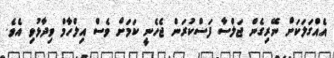
އެއްގަލަކަށް ނޭރިގެން ޖަލްސާ ފަސްކުރަން ޖެހެނީ ކަމަށް ވެސް އިލްހާމް ވިދާޅުވި އެވެ.